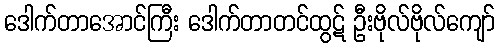
ဒေါက်တာအောင်ကြီး ဒေါက်တာတင်ထွဋ် ဦးဗိုလ်ဗိုလ်ကျော်